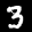
Label: 3